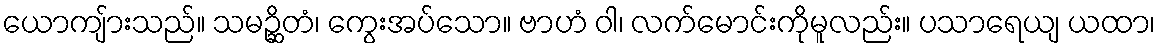
ယောကျ်ားသည်။ သမဉ္ဆိတံ၊ ကွေးအပ်သော။ ဗာဟံ ဝါ၊ လက်မောင်းကိုမူလည်း။ ပသာရေယျ ယထာ၊